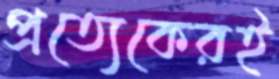
প্রত্যেকেরই